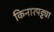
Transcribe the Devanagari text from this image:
किनारपट्ट्या